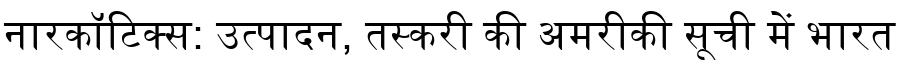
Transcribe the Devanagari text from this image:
नारकॉटिक्स: उत्पादन, तस्करी की अमरीकी सूची में भारत